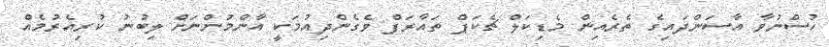
ހުސްނުވާ އާސަންދައިގެ ތެރެއިން މެޑިކަލް ޗެކަޕް ތައާރަފް ވެގެންދިއުމަކީ އާންމުންނަށް ލިބުނު ކުރިއެރުމެއް